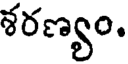
శరణ్యం.